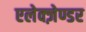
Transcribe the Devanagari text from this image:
एलेक्ज़ेण्डर